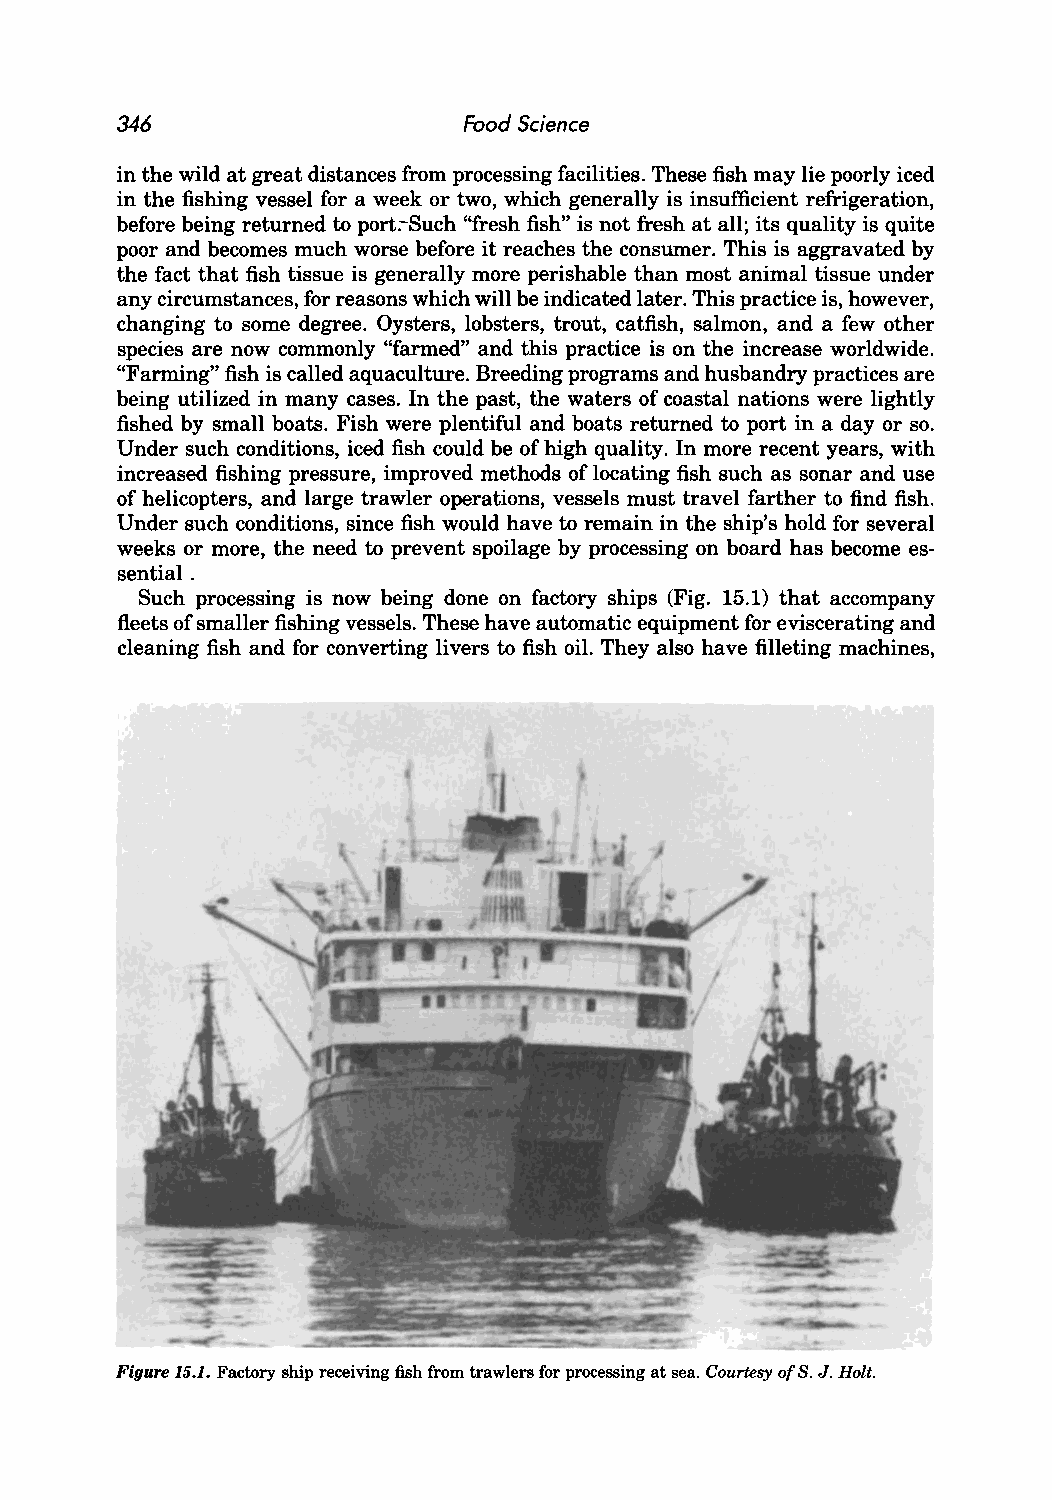
346                    Food Science
 in the wild at great distances from processing facilities. These fish may lie poorly iced
 in the fishing vessel for a week or two, which generally is insufficient refrigeration,
 before being returned to port:--Such "fresh fish" is not fresh at all; its quality is quite
 poor and becomes much worse before it reaches the consumer. This is aggravated by
 the fact that fish tissue is generally more perishable than most animal tissue under
 any circumstances, for reasons which will be indicated later. This practice is, however,
 changing to some degree. Oysters, lobsters, trout, catfish, salmon, and a few other
 species are now commonly "farmed" and this practice is on the increase worldwide.
 "Farming" fish is called aquaculture. Breeding programs and husbandry practices are
 being utilized in many cases. In the past, the waters of coastal nations were lightly
 fished by small boats. Fish were plentiful and boats returned to port in a day or so.
 Under such conditions, iced fish could be of high quality. In more recent years, with
 increased fishing pressure, improved methods of locating fish such as sonar and use
 of helicopters, and large trawler operations, vessels must travel farther to find fish.
 Under such conditions, since fish would have to remain in the ship's hold for several
 weeks or more, the need to prevent spoilage by processing on board has become es
 sential.
 Such processing is now being done on factory ships (Fig. 15.1) that accompany
 fleets of smaller fishing vessels. These have automatic equipment for eviscerating and
 cleaning fish and for converting livers to fish oil. They also have filleting machines,
 Figure 15.1. Factory ship receiving fish from trawlers for processing at sea. Courtesy of S. J. Holt.